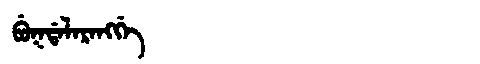
Manchu: ᠪᡠᡴᡩᠠᠯᠠᡵᠠᠩᡤᡝ
Romanization: BUKDALARANGGE